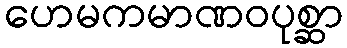
ဟေမကမာဏဝပုစ္ဆာ